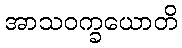
အာသဝက္ခယောတိ